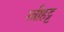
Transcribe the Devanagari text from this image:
स्त्रीहट्ट